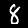
Digit: 8